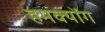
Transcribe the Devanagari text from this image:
हमक्योंग